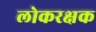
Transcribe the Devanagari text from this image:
लोकरक्षक